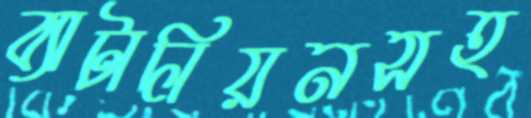
ব্যাটালিয়নসহ